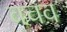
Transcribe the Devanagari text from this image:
वचव